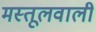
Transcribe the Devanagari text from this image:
मस्तूलवाली